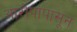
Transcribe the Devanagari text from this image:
आरोपांपासून